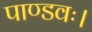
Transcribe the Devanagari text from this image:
पाण्डवः।